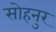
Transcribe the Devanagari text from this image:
सोहनुर